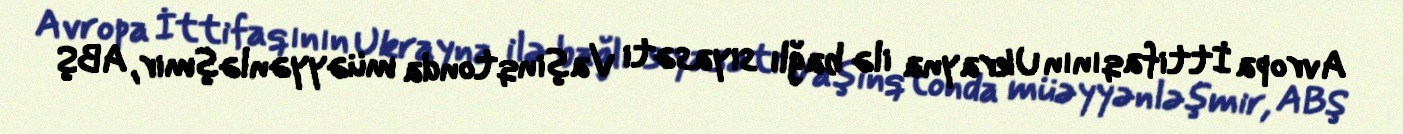
Avropa İttifaqının Ukrayna ilə bağlı siyasəti Vaşinqtonda müəyyənləşmir, ABŞ